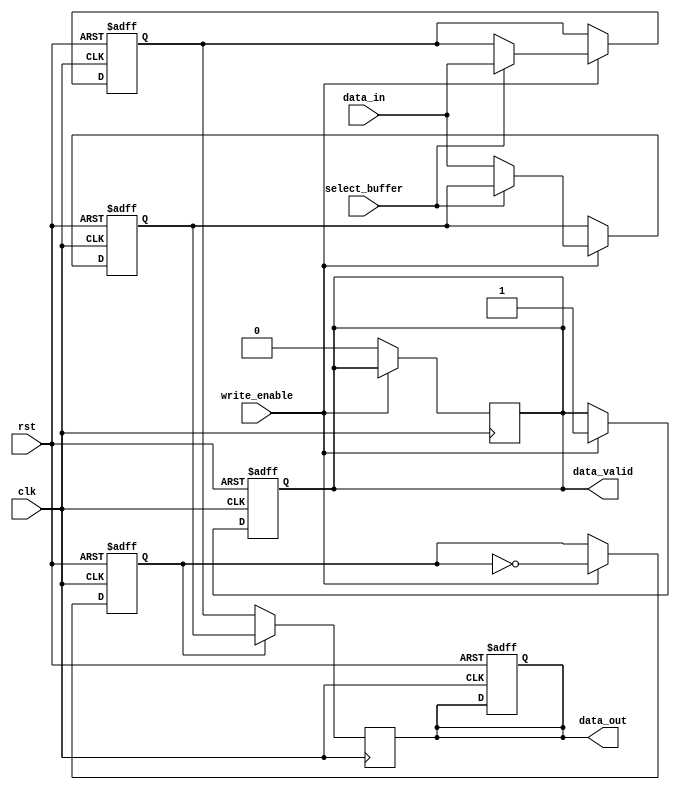
module double_buffer_register (
    input wire clk,                // Clock signal
    input wire rst,                // Reset signal
    input wire write_enable,       // Write enable signal
    input wire select_buffer,      // Select buffer (0 for Buffer A, 1 for Buffer B)
    input wire [31:0] data_in,     // Data input
    output reg [31:0] data_out,    // Data output
    output reg data_valid          // Data valid signal
);

    // Buffer declarations
    reg [31:0] buffer_a;           // Buffer A
    reg [31:0] buffer_b;           // Buffer B
    
    // State variable to keep track of which buffer is currently being written to
    reg current_buffer;            // 0 for Buffer A, 1 for Buffer B

    // Write operation
    always @(posedge clk or posedge rst) begin
        if (rst) begin
            buffer_a <= 32'b0;
            buffer_b <= 32'b0;
            current_buffer <= 1'b0;  // Start with Buffer A
            data_out <= 32'b0;
            data_valid <= 1'b0;
        end else if (write_enable) begin
            // Write data to the selected buffer
            if (select_buffer == 1'b0) begin
                buffer_a <= data_in;    // Write to Buffer A
            end else begin
                buffer_b <= data_in;    // Write to Buffer B
            end
            // After writing, switch the current buffer
            current_buffer <= ~current_buffer;
            data_valid <= 1'b1;        // Assert data valid signal
        end
    end

    // Read operation
    always @(posedge clk) begin
        // Output data from the buffer that is not currently being written to
        if (current_buffer == 1'b0) begin
            data_out <= buffer_b;      // Read from Buffer B
        end else begin
            data_out <= buffer_a;      // Read from Buffer A
        end
        // Data valid signal is asserted until next write operation
        if (!write_enable) begin
            data_valid <= 1'b0;        // Deassert data valid if not writing
        end
    end

endmodule